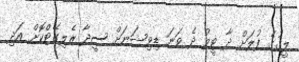
ލީގުގެ ފުލަށް ދާ ޓީމު ދެ ވަނަ ޑިވިޝަނަށް ސީދާ ރެލިގޭޓްކޮށް އަދި